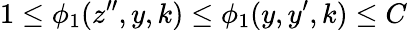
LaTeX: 1\leq\phi_{1}(z^{\prime\prime},y,k)\leq\phi_{1}(y,y^{\prime},k)\leq C